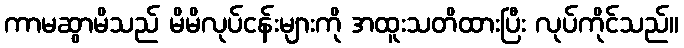
ကာမဆွာမိသည် မိမိလုပ်ငန်းများကို အထူးသတိထားပြီး လုပ်ကိုင်သည်။